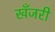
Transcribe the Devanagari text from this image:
खँजरी